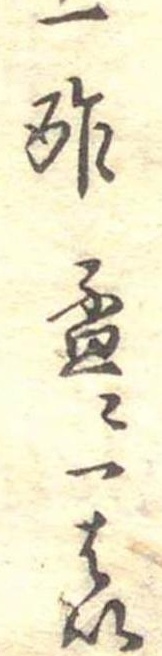
一酢杯に一はい